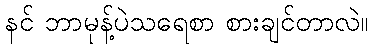
နင် ဘာမုန့်ပဲသရေစာ စားချင်တာလဲ။